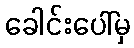
ခေါင်းပေါ်မှ